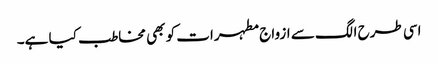
اسی طرح الگ سے ازواج مطہرات کو بھی مخاطب کیا ہے۔